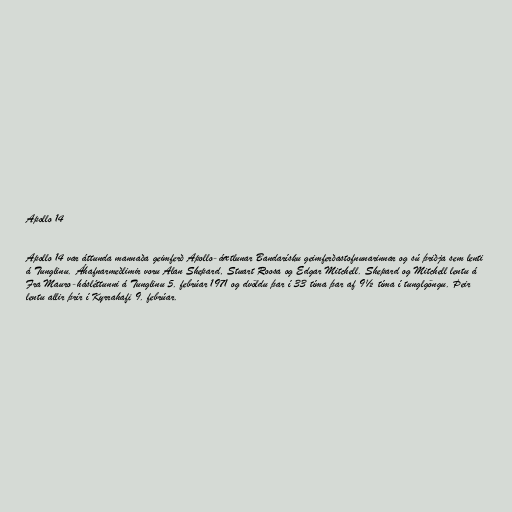
Apollo 14

Apollo 14 var áttunda mannaða geimferð Apollo-áætlunar Bandarísku geimferðastofnunarinnar og sú þriðja sem lenti
á Tunglinu. Áhafnarmeðlimir voru Alan Shepard, Stuart Roosa og Edgar Mitchell. Shepard og Mitchell lentu á
Fra Mauro-hásléttunni á Tunglinu 5. febrúar 1971 og dvöldu þar í 33 tíma þar af 9½ tíma í tunglgöngu. Þeir
lentu allir þrír í Kyrrahafi 9. febrúar.